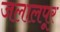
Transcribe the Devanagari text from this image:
जलालपूर